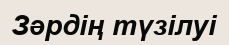
Зəрдің түзілуі